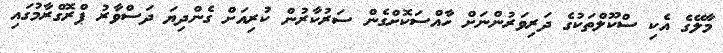
މާލޭގެ އެކި ސްކޫލްތަކުގެ ދަރިވަރުންނަށް ހާއްސަކޮށްގެން ސަރުކާރުން ކުރިއަށް ގެންދިޔަ ދަސްވާރު ޕްރޮގްރާމުގައި